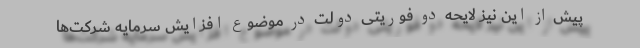
پیش از این نیز لایحه دو فوریتی دولت در موضوع افزایش سرمایه شرکت‌ها